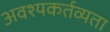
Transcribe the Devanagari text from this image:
अवश्यकर्तव्यता